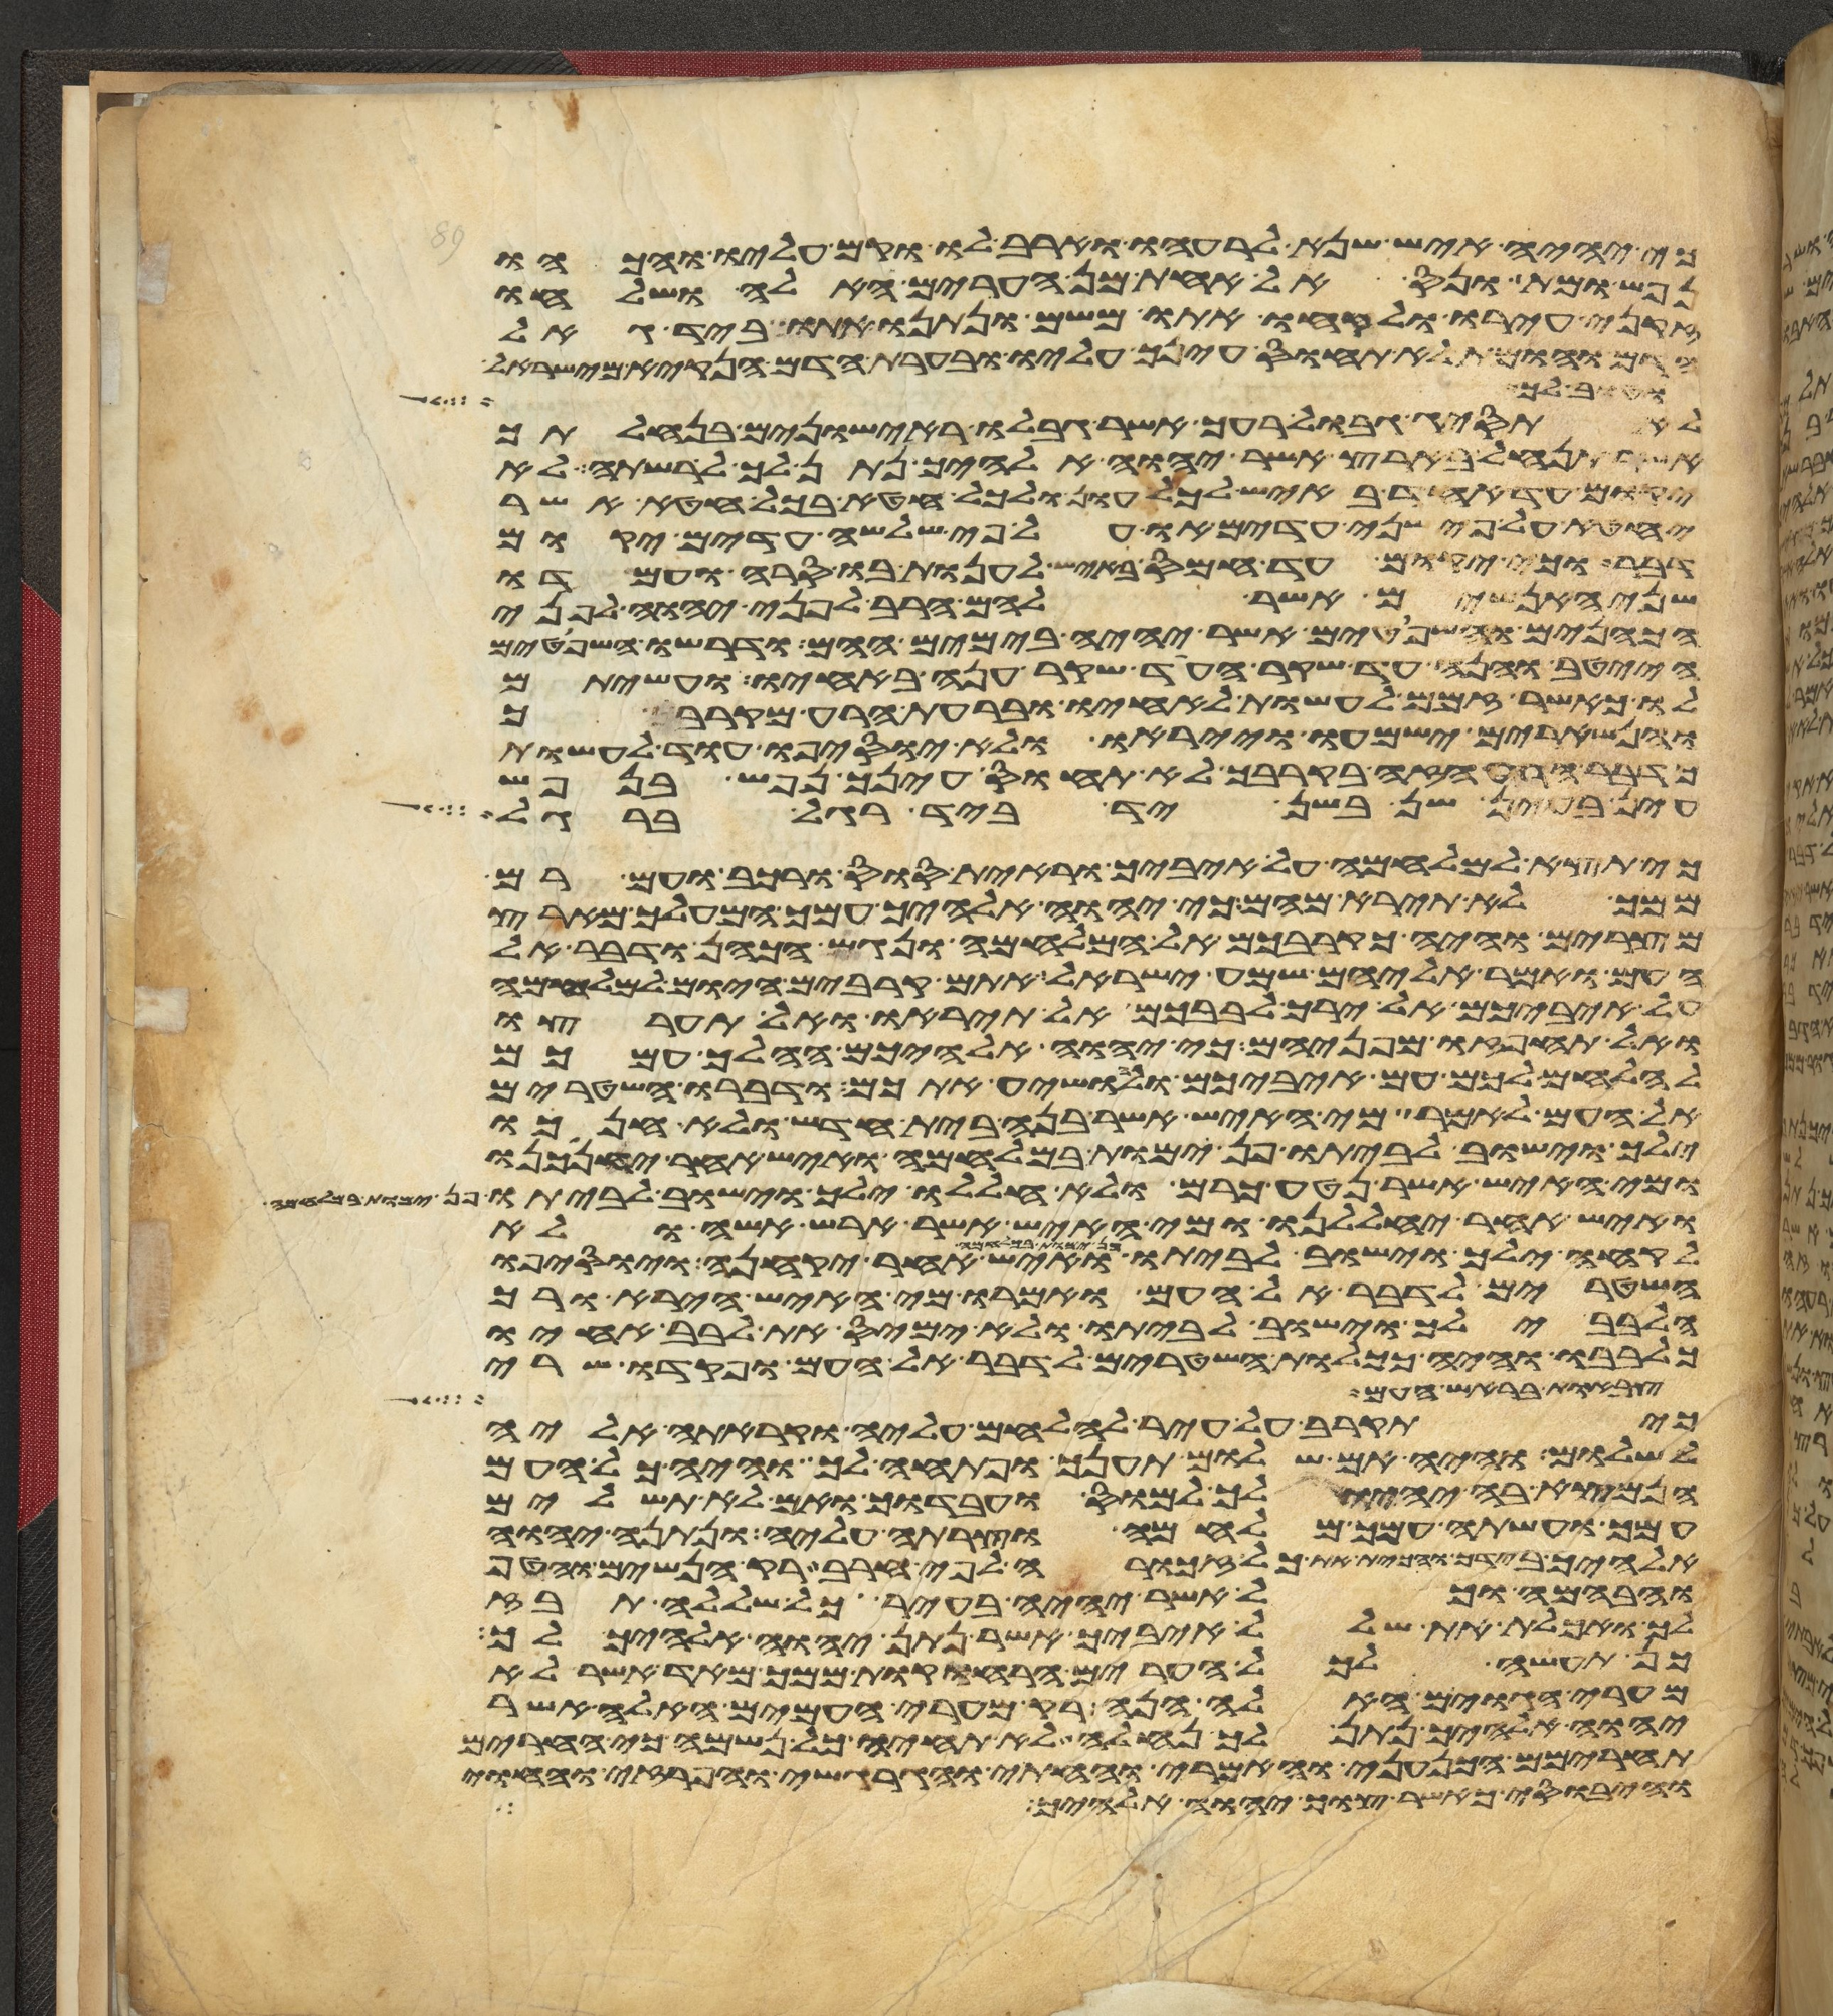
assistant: כי יהיה איש שנא לרעהו וארב לו וקם עליו והכהו
נפש ומת ונס אל אחת מן הערים האלה ושלחו
זקני עירו ולקחו אתו משם ונתנו אתו ביד גאל
הדם והומת לא תחוס עינך עליו ובערת הדם הנקיא מישראל
וטוב לך
לא תסיג גבול רעך אשר גבלו ראישונים בנחלתך
אשר תנחל בארץ אשר יהוה אלהיך נתן לך לרשתה לא
יקום עד אחד באיש לכל עון ולכל חטא בכל חטא אשר
יחטא על פי שני עדים או על פי שלשה עדים יקום
דבר וכי יקום עד חמס באיש לענות בו סרה ועמדו
שני האנשים אשר להם הריב לפני יהוה לפני
הכהנים והשפטים אשר יהיה בימים ההם ודרשו השפטים
הייטב והנה עד שקר העד שקר ענה באחיו ועשיתם
לו כאשר זמם לעשות לאחיו ובערת הרע מקרבך
והנשארים ישמעו וייראו ולא יוסיפו עוד לעשות
כדבר הרע הזה בקרבך לא תחוס עינך נפש בנפש
עין בעין שן בשן יד ביד רגל ברגל
כי תצא למלחמה על איביך וראית סוס ורכב ועם רב
ממך לא תירא מהם כי יהוה אלהיך עמך המעלך מארץ
מצרים והיה כקרבכם אל המלחמה ונגש הכהן ודבר אל
העם ואמר אליהם שמע ישראל אתם קרבים היום למלחמה
על איביכם אל ירך לבבכם אל תיראו ואל תערצו
ואל תחפזו מפניהם כי יהוה אלהיכם ההלך עמכם
להלחם לכם עם איביכם ולהושיע אתכם ודברו השטרים
אל העם לאמר מי האיש אשר בנה בית חדש ולא חנכו
ילך וישוב לביתו פן ימות במלחמה ואיש אחר יחנכנו
ומי האיש אשר נטע כרם ולא חללו ילך וישוב לביתו פן ימות במלחמה
ואיש אחר יחללנו ומי האיש אשר ארש אשה ולא
לקחה ילך וישוב לביתו פן ימות במלחמה ואיש אחר יקחנה ויוסיפו
השטרים לדבר אל העם ואמרו מי האיש הירא ורך
הלבב ילך וישוב לביתו ולא ימיס את לבב אחיו
כלבבו והיה ככלות השטרים לדבר אל העם ופקדו שרי
צבאות בראש העם
כי תקרב על עיר להלחם עליה וקראת אליה
לשלום והיה אם שלום תענך ופתחה לך והיה כל העם
הנמצא בה יהיו לך למס ועבדוך ואם לא תשלים
עמך ועשתה עמך מלחמה וצרת עליה ונתנה יהוה
אלהיך בידך והכית את כל זכורה לפי חרב רק הנשים והטף
והבהמה וכל אשר יהיה בעיר כל שללה תבז
לך ואכלת את שלל איביך אשר נתן יהוה אלהיך לך
כן תעשה לכל הערים הרחוקות ממך מאד אשר לא
מערי הגוים האלה הנה רק מערי העמים האלה אשר
יהוה אלהיך נתן לך נחלה לא תחיה כל נשמה כי החרים
תחרימם הכנעני והאמרי והחתי והגרגשי והפרזי והחוי
והיבוסי כאשר צוך יהוה אלהיך